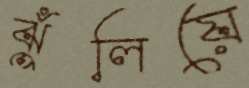
ঝুঁলিয়ে